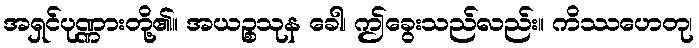
အရှင်ပုဏ္ဏားတို့၏။ အယဉ္စသုန ခေါ၊ ဤခွေးသည်လည်း။ ကိဿဟေတု၊